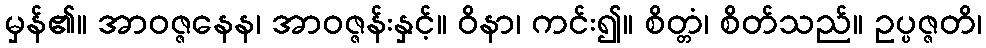
မှန်၏။ အာဝဇ္ဇနေန၊ အာဝဇ္ဇန်းနှင့်။ ဝိနာ၊ ကင်း၍။ စိတ္တံ၊ စိတ်သည်။ ဥပ္ပဇ္ဇတိ၊